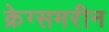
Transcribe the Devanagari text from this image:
क्रेग्समरीन